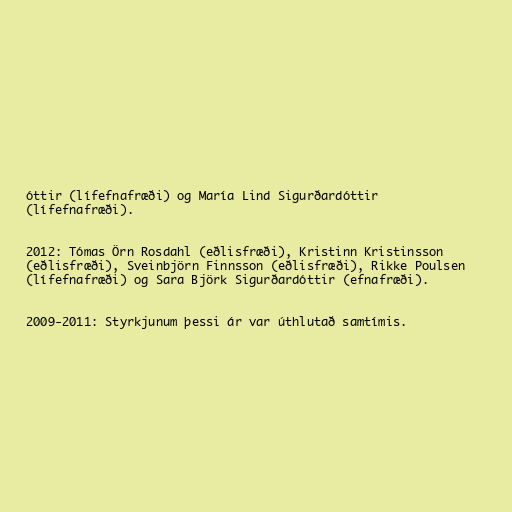
óttir (lífefnafræði) og María Lind Sigurðardóttir
(lífefnafræði).

2012: Tómas Örn Rosdahl (eðlisfræði), Kristinn Kristinsson
(eðlisfræði), Sveinbjörn Finnsson (eðlisfræði), Rikke Poulsen
(lífefnafræði) og Sara Björk Sigurðardóttir (efnafræði).

2009-2011: Styrkjunum þessi ár var úthlutað samtímis.